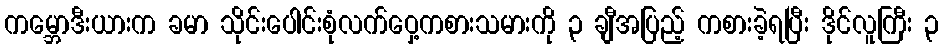
ကမ္ဘောဒီးယားက ခမာ သိုင်းပေါင်းစုံလက်ဝှေ့ကစားသမားကို ၃ ချီအပြည့် ကစားခဲ့ရပြီး ဒိုင်လူကြီး ၃